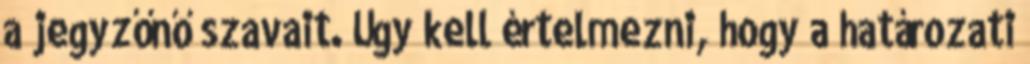
a jegyzőnő szavait. Úgy kell értelmezni, hogy a határozati